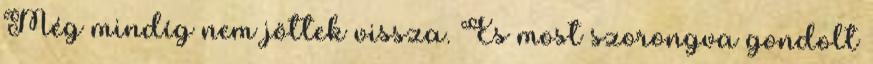
Még mindíg nem jöttek vissza. És most szorongva gondolt